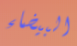
البيضاء